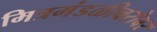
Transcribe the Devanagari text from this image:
मित्रमंडळीबरोबर